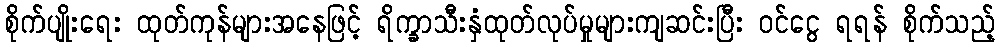
စိုက်ပျိုးရေး ထုတ်ကုန်များအနေဖြင့် ရိက္ခာသီးနှံထုတ်လုပ်မှုများကျဆင်းပြီး ဝင်ငွေ ရရန် စိုက်သည့်